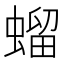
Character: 䗜